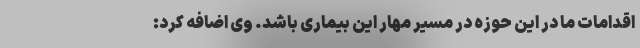
اقدامات ما در این حوزه در مسیر مهار این بیماری باشد. وی اضافه کرد: